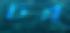
চর্